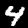
Digit: 4